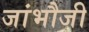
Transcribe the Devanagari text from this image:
जांभौजी